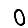
Digit: 0